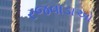
રજવાડાઓ